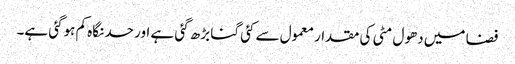
فضا میں دھول مٹی کی مقدار معمول سے کئی گنا بڑھ گئی ہے اور حد نگاہ کم ہوگئی ہے۔